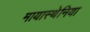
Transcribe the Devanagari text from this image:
मायास्थेनिया